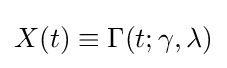
X(t)\equiv \Gamma (t;\gamma ,\lambda )